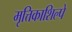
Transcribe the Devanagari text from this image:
मृत्तिकाशिल्पे